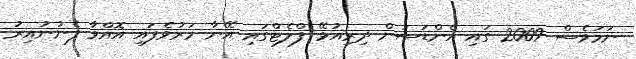
ނަމަވެސް 2009 ގައި އެންޑަސަން ދިރިއުޅޭ ފްލެޓްގައި އޭނާ މަރުވެފައި އޮއްވާ ފެނުނުއިރު